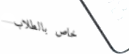
خاص بالطلاب